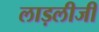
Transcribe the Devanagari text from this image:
लाड़लीजी